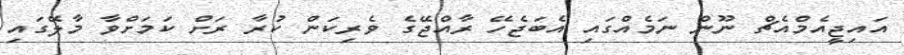
އައިޖީއެމްއެޗް ނޫން ނަމެއްގައި އެބަޖެހޭ ރާއްޖޭގެ ވެރިކަން ކުރާ ރަށް ކަމަށްވާ މާލޭގައި